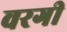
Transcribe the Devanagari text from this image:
वरगी